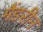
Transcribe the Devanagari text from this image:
मैंडरीन